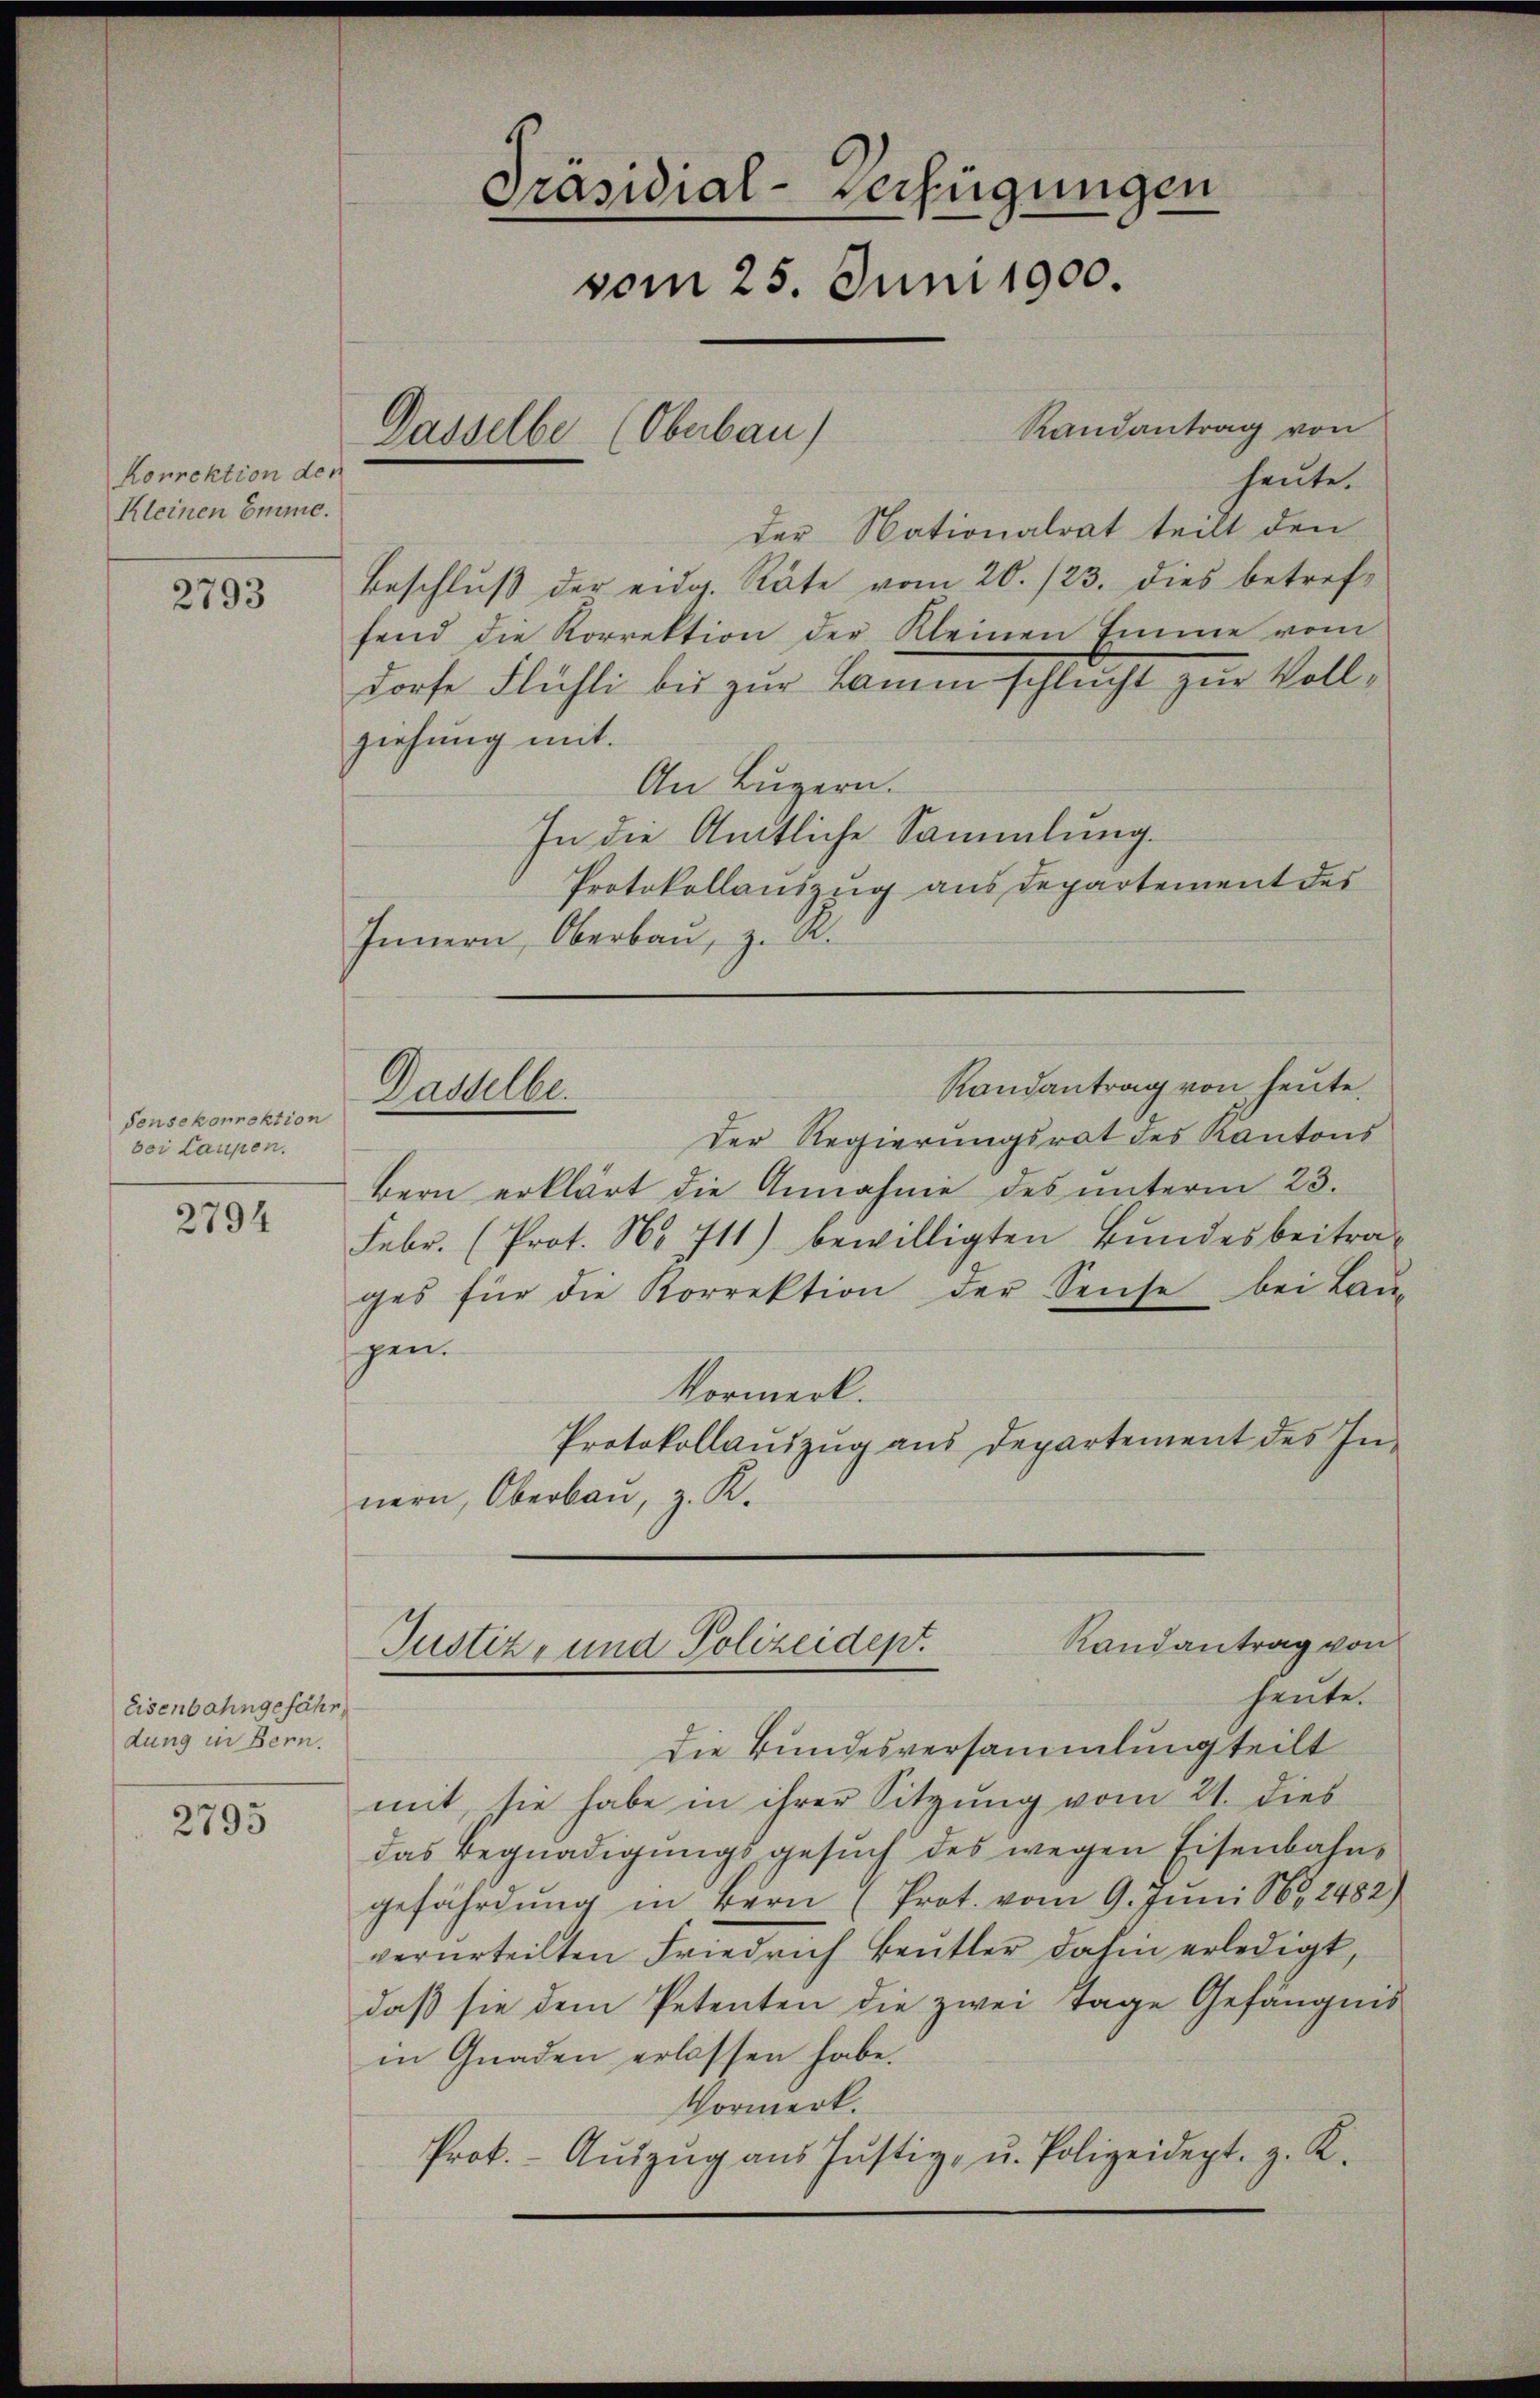
Korrektion der
Kleinen Emme.

2793

Sensekorrektion
bei Laupen.
2794

Eisenbahngefähr,
dung in Bern.

2795

Präsidial-Verfügungen
vom 25. Juni 1900.
Randantrag von
Dasselbe (Oberbau)

heute.
der Nationalrat teilt den
Beschluß der eidg. Räte vom 20./23. dies betreffend die Korrektion der Kleinen Emme vom
dorfe Flühli bis zur Lamm schlucht zur Vollziehung mit.
An Luzern.
In die Amtliche Sammlung.
Protokollauszug aus Departement des
Innern, Oberbau, z. R.
Randantrag von heute.
Der Regierungsrat des Kantons
bern erklärt die Annahme des unterm 23.
Febr. (Prot. No 711) bewilligten Bundesbeitra-
ges für die Korrektion der Seiche bei Lan
gen.
Vormerk.
Protokollauszug aus Departement des In-
nern, Oberbau, z. R.
Randantrag von
Justiz- und Polizeidep
heute.
Die Bundesversammlung teilt
mit, sie habe in ihrer Sitzung vom 21. dies
das Begnadigungsgesŭch des wegen Eisenbahngefährdung in Bern (Prot. vom 9. Juni N. 2482)
verurteilten Friedrich Beutter dahin erledigt,
daβ sie dem Petenten die zwei Tage Gefängnis
in Gnaden erlassen habe.
Vormerk.
Prot. Aŭszŭg aŭs Jŭstiz, u. Polizeidept. g. K.

Dasselbe.